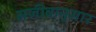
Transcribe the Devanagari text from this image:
सजीवानुसार